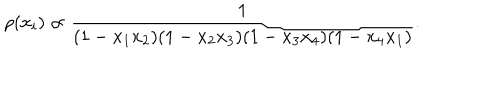
\rho ( x _ { i } ) \propto \frac { 1 } { ( 1 - x _ { 1 } x _ { 2 } ) ( 1 - x _ { 2 } x _ { 3 } ) ( 1 - x _ { 3 } x _ { 4 } ) ( 1 - x _ { 4 } x _ { 1 } ) } .